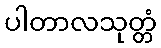
ပါတာလသုတ္တံ